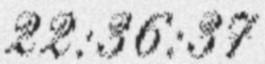
22:36:37